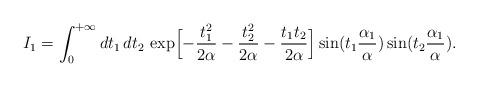
LaTeX: \begin{align*}I_1=\int_0^{+\infty}dt_1\,dt_2\,\exp\Bigl[-\frac{t_1^2}{2\alpha}-\frac{t_2^2}{2\alpha}-\frac{t_1t_2}{2\alpha}\Bigr]\sin(t_1\frac{\alpha_1}{\alpha})\sin(t_2\frac{\alpha_1}{\alpha}).\end{align*}